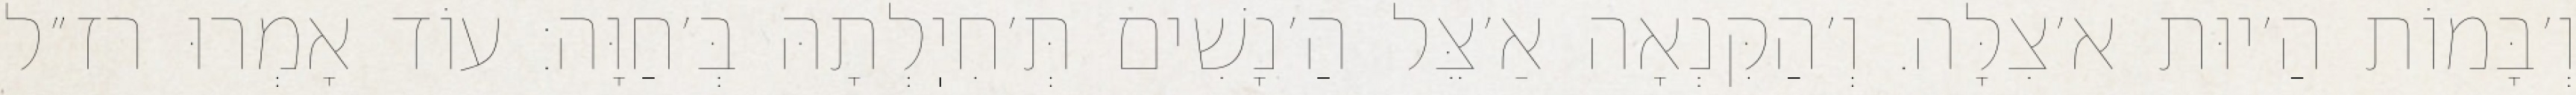
וְ׳בָּמוֹת הַ׳יוּת א׳צִלָּה. וְ׳הַקִּנְאָה אַ׳צֵּל הַ׳נָשִׁים תְּ׳חִיֽלְתָהּ בְּ׳חַוָּה: עוֹד אָמְרוּ רז״ל